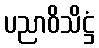
ပညာဝိသိဋ္ဌံ